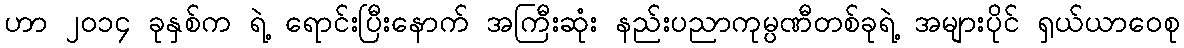
ဟာ ၂၀၁၄ ခုနှစ်က ရဲ့ ရောင်းပြီးနောက် အကြီးဆုံး နည်းပညာကုမ္ပဏီတစ်ခုရဲ့ အများပိုင် ရှယ်ယာဝေစု